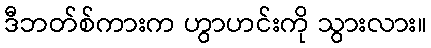
ဒီဘတ်စ်ကားက ဟွာဟင်းကို သွားလား။